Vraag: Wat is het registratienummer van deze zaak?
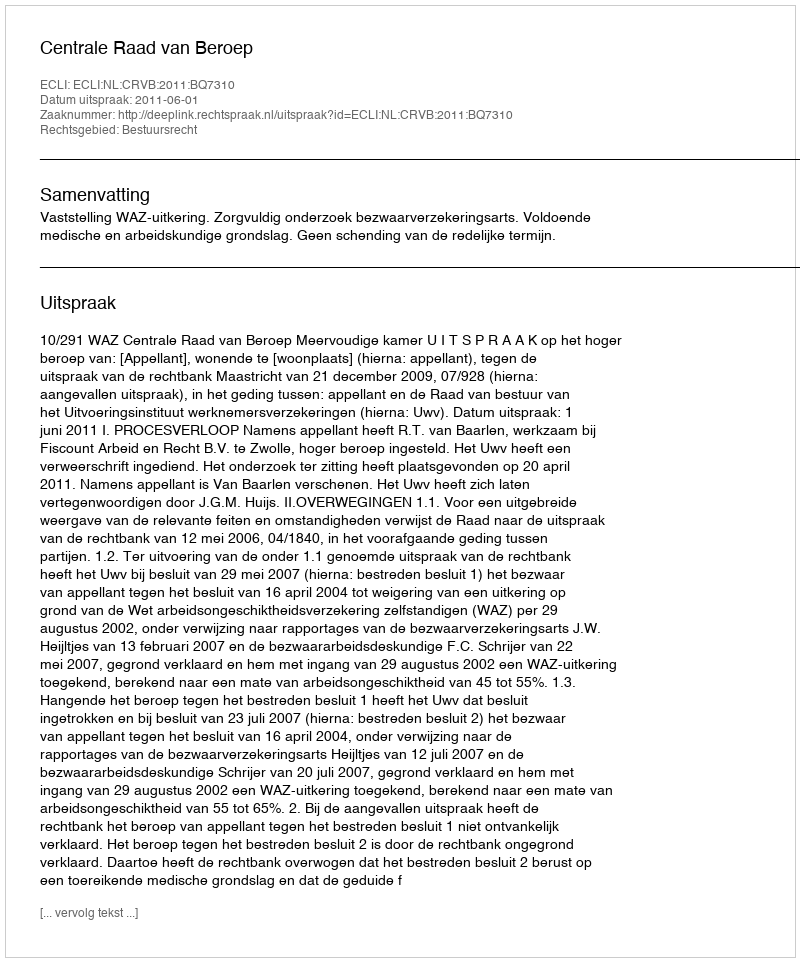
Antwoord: http://deeplink.rechtspraak.nl/uitspraak?id=ECLI:NL:CRVB:2011:BQ7310